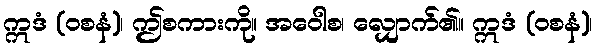
ဣဒံ (ဝစနံ)၊ ဤစကားကို။ အဝေါစ၊ လျှောက်၏။ ဣဒံ (ဝစနံ)၊